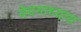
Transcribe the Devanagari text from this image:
वेदनाध्याय